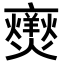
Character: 𭶥